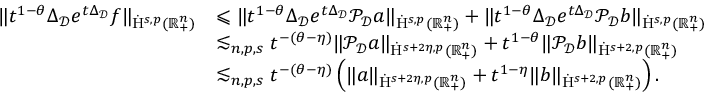
\begin{array} { r l } { \lVert t ^ { 1 - \theta } \Delta _ { \mathcal { D } } e ^ { t \Delta _ { \mathcal { D } } } f \rVert _ { \dot { \mathrm { H } } ^ { s , p } ( \mathbb { R } _ { + } ^ { n } ) } } & { \leqslant \lVert t ^ { 1 - \theta } \Delta _ { \mathcal { D } } e ^ { t \Delta _ { \mathcal { D } } } \mathcal { P } _ { \mathcal { D } } { a } \rVert _ { \dot { \mathrm { H } } ^ { s , p } ( \mathbb { R } _ { + } ^ { n } ) } + \lVert t ^ { 1 - \theta } \Delta _ { \mathcal { D } } e ^ { t \Delta _ { \mathcal { D } } } \mathcal { P } _ { \mathcal { D } } { b } \rVert _ { \dot { \mathrm { H } } ^ { s , p } ( \mathbb { R } _ { + } ^ { n } ) } } \\ & { \lesssim _ { n , p , s } t ^ { - ( \theta - \eta ) } \lVert \mathcal { P } _ { \mathcal { D } } { a } \rVert _ { \dot { \mathrm { H } } ^ { s + 2 \eta , p } ( \mathbb { R } _ { + } ^ { n } ) } + t ^ { 1 - \theta } \lVert \mathcal { P } _ { \mathcal { D } } { b } \rVert _ { \dot { \mathrm { H } } ^ { s + 2 , p } ( \mathbb { R } _ { + } ^ { n } ) } } \\ & { \lesssim _ { n , p , s } t ^ { - ( \theta - \eta ) } \left( \lVert { a } \rVert _ { \dot { \mathrm { H } } ^ { s + 2 \eta , p } ( \mathbb { R } _ { + } ^ { n } ) } + t ^ { 1 - \eta } \lVert { b } \rVert _ { \dot { \mathrm { H } } ^ { s + 2 , p } ( \mathbb { R } _ { + } ^ { n } ) } \right) \mathrm { . ~ } } \end{array}